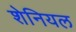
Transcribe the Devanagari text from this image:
शेनियल